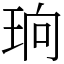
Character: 珦